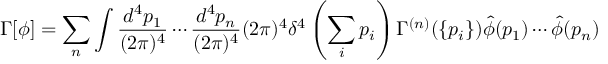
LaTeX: \Gamma [ \phi ] = \sum _ { n } \int \frac { d ^ { 4 } p _ { 1 } } { ( 2 \pi ) ^ { 4 } } \cdots \frac { d ^ { 4 } p _ { n } } { ( 2 \pi ) ^ { 4 } } ( 2 \pi ) ^ { 4 } \delta ^ { 4 } \left( \sum _ { i } p _ { i } \right) \Gamma ^ { ( n ) } ( \{ p _ { i } \} ) \hat { \phi } ( p _ { 1 } ) \cdots \hat { \phi } ( p _ { n } )